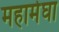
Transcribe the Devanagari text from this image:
महामेघा